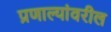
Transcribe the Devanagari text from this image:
प्रणाल्यांवरील